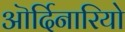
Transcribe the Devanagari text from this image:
ऒर्दिनारियो